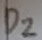
Text: D2